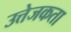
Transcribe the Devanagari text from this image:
उत्तेजकता